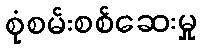
စုံစမ်းစစ်ဆေးမှု